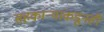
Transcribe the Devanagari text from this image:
सहकार्‍यांकडूनही